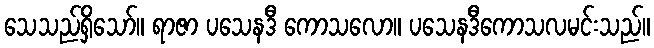
သေသည်ရှိသော်။ ရာဇာ ပသေနဒီ ကောသလော။ ပသေနဒီကောသလမင်းသည်။